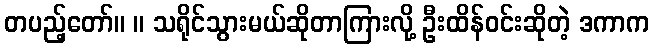
တပည့်တော်။ ။ သရိုင်သွားမယ်ဆိုတာကြားလို့ ဦးထိန်ဝင်းဆိုတဲ့ ဒကာက